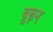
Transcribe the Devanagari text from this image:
बूढ़न